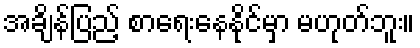
အချိန်ပြည့် စာရေးနေနိုင်မှာ မဟုတ်ဘူး။